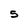
Character: S